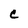
Character: C